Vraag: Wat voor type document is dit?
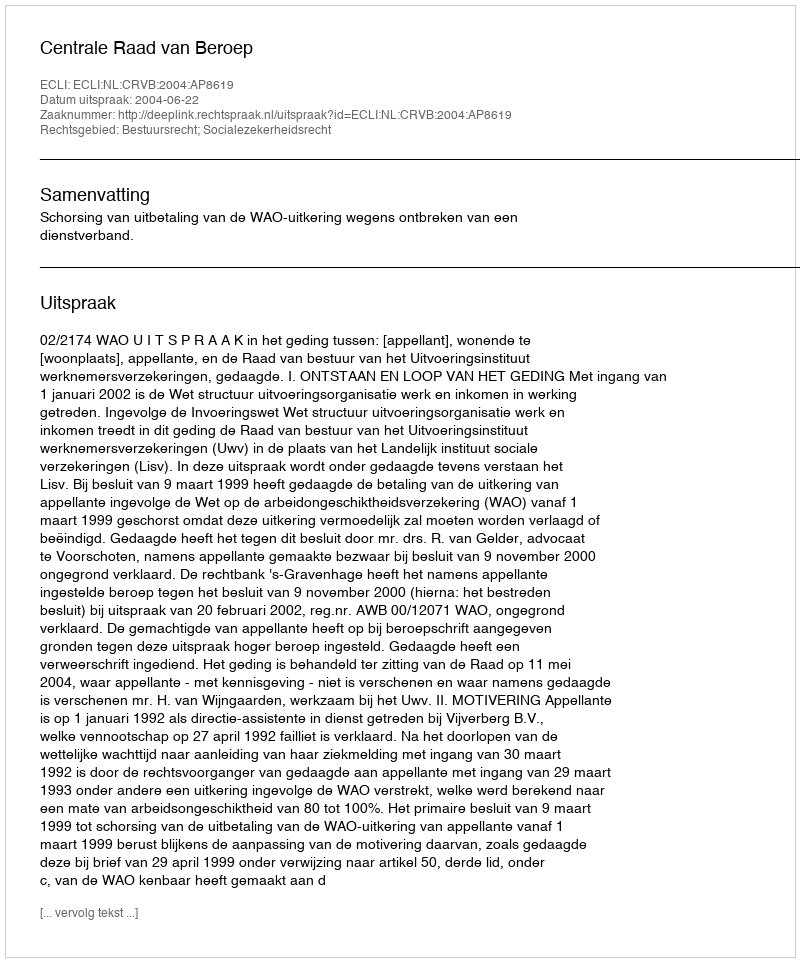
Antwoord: Uitspraak